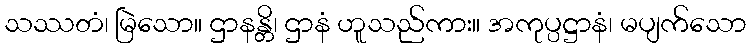
သဿတံ၊ မြဲသော။ ဌာနန္တိ၊ ဌာနံ ဟူသည်ကား။ အကုပ္ပဋ္ဌာနံ၊ မပျက်သော